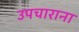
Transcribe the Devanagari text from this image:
उपचाराना